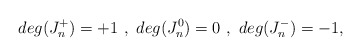
\begin{align*}deg (J^+_n) = +1 \ , \ deg (J^0_n) = 0 \ , \ deg (J^-_n) = -1 ,\end{align*}